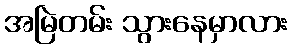
အမြဲတမ်း သွားနေမှာလား